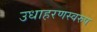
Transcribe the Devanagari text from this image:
उधाहरणस्वरुप